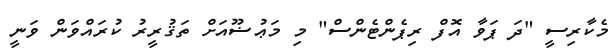
މެކާރިސީ "ދަ ޕަވާ އޮފް ރިޕެންޓެންސް" މި މަޢުޟޫއަށް ތަޤުރީރު ކުރައްވަން ވަނީ